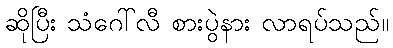
ဆိုပြီး သံဂေါ်လီ စားပွဲနား လာရပ်သည်။